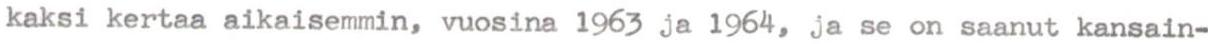
kaksi kertaa aikaisemmin, vuosina 1963 ja 1964, ja se on saanut kansain-